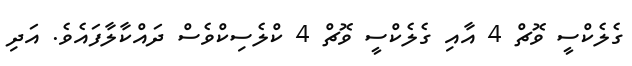
ގެލެކްސީ ވޮޗް 4 އާއި ގެލެކްސީ ވޮޗް 4 ކްލެސިކްވެސް ދައްކާލާފައެވެ. އަދި